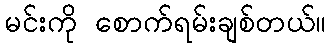
မင်းကို စောက်ရမ်းချစ်တယ်။